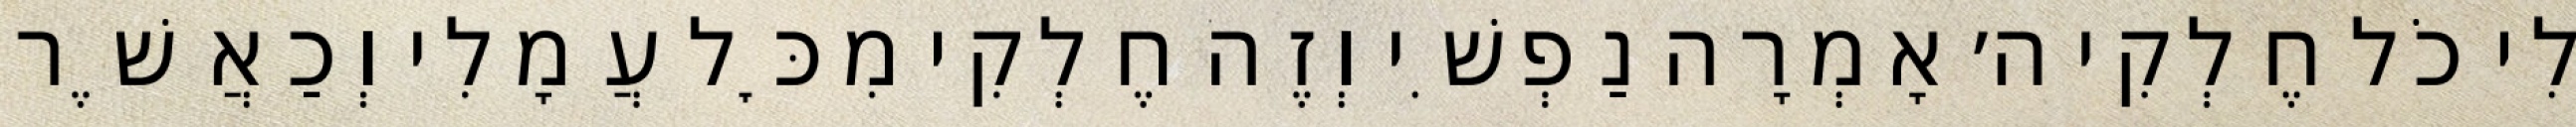
לִי כֹל חֶלְקִי ה׳ אָמְרָה נַפְשִׁי וְזֶה חֶלְקִי מִכׇּל עֲמָלִי וְכַאֲשֶׁר